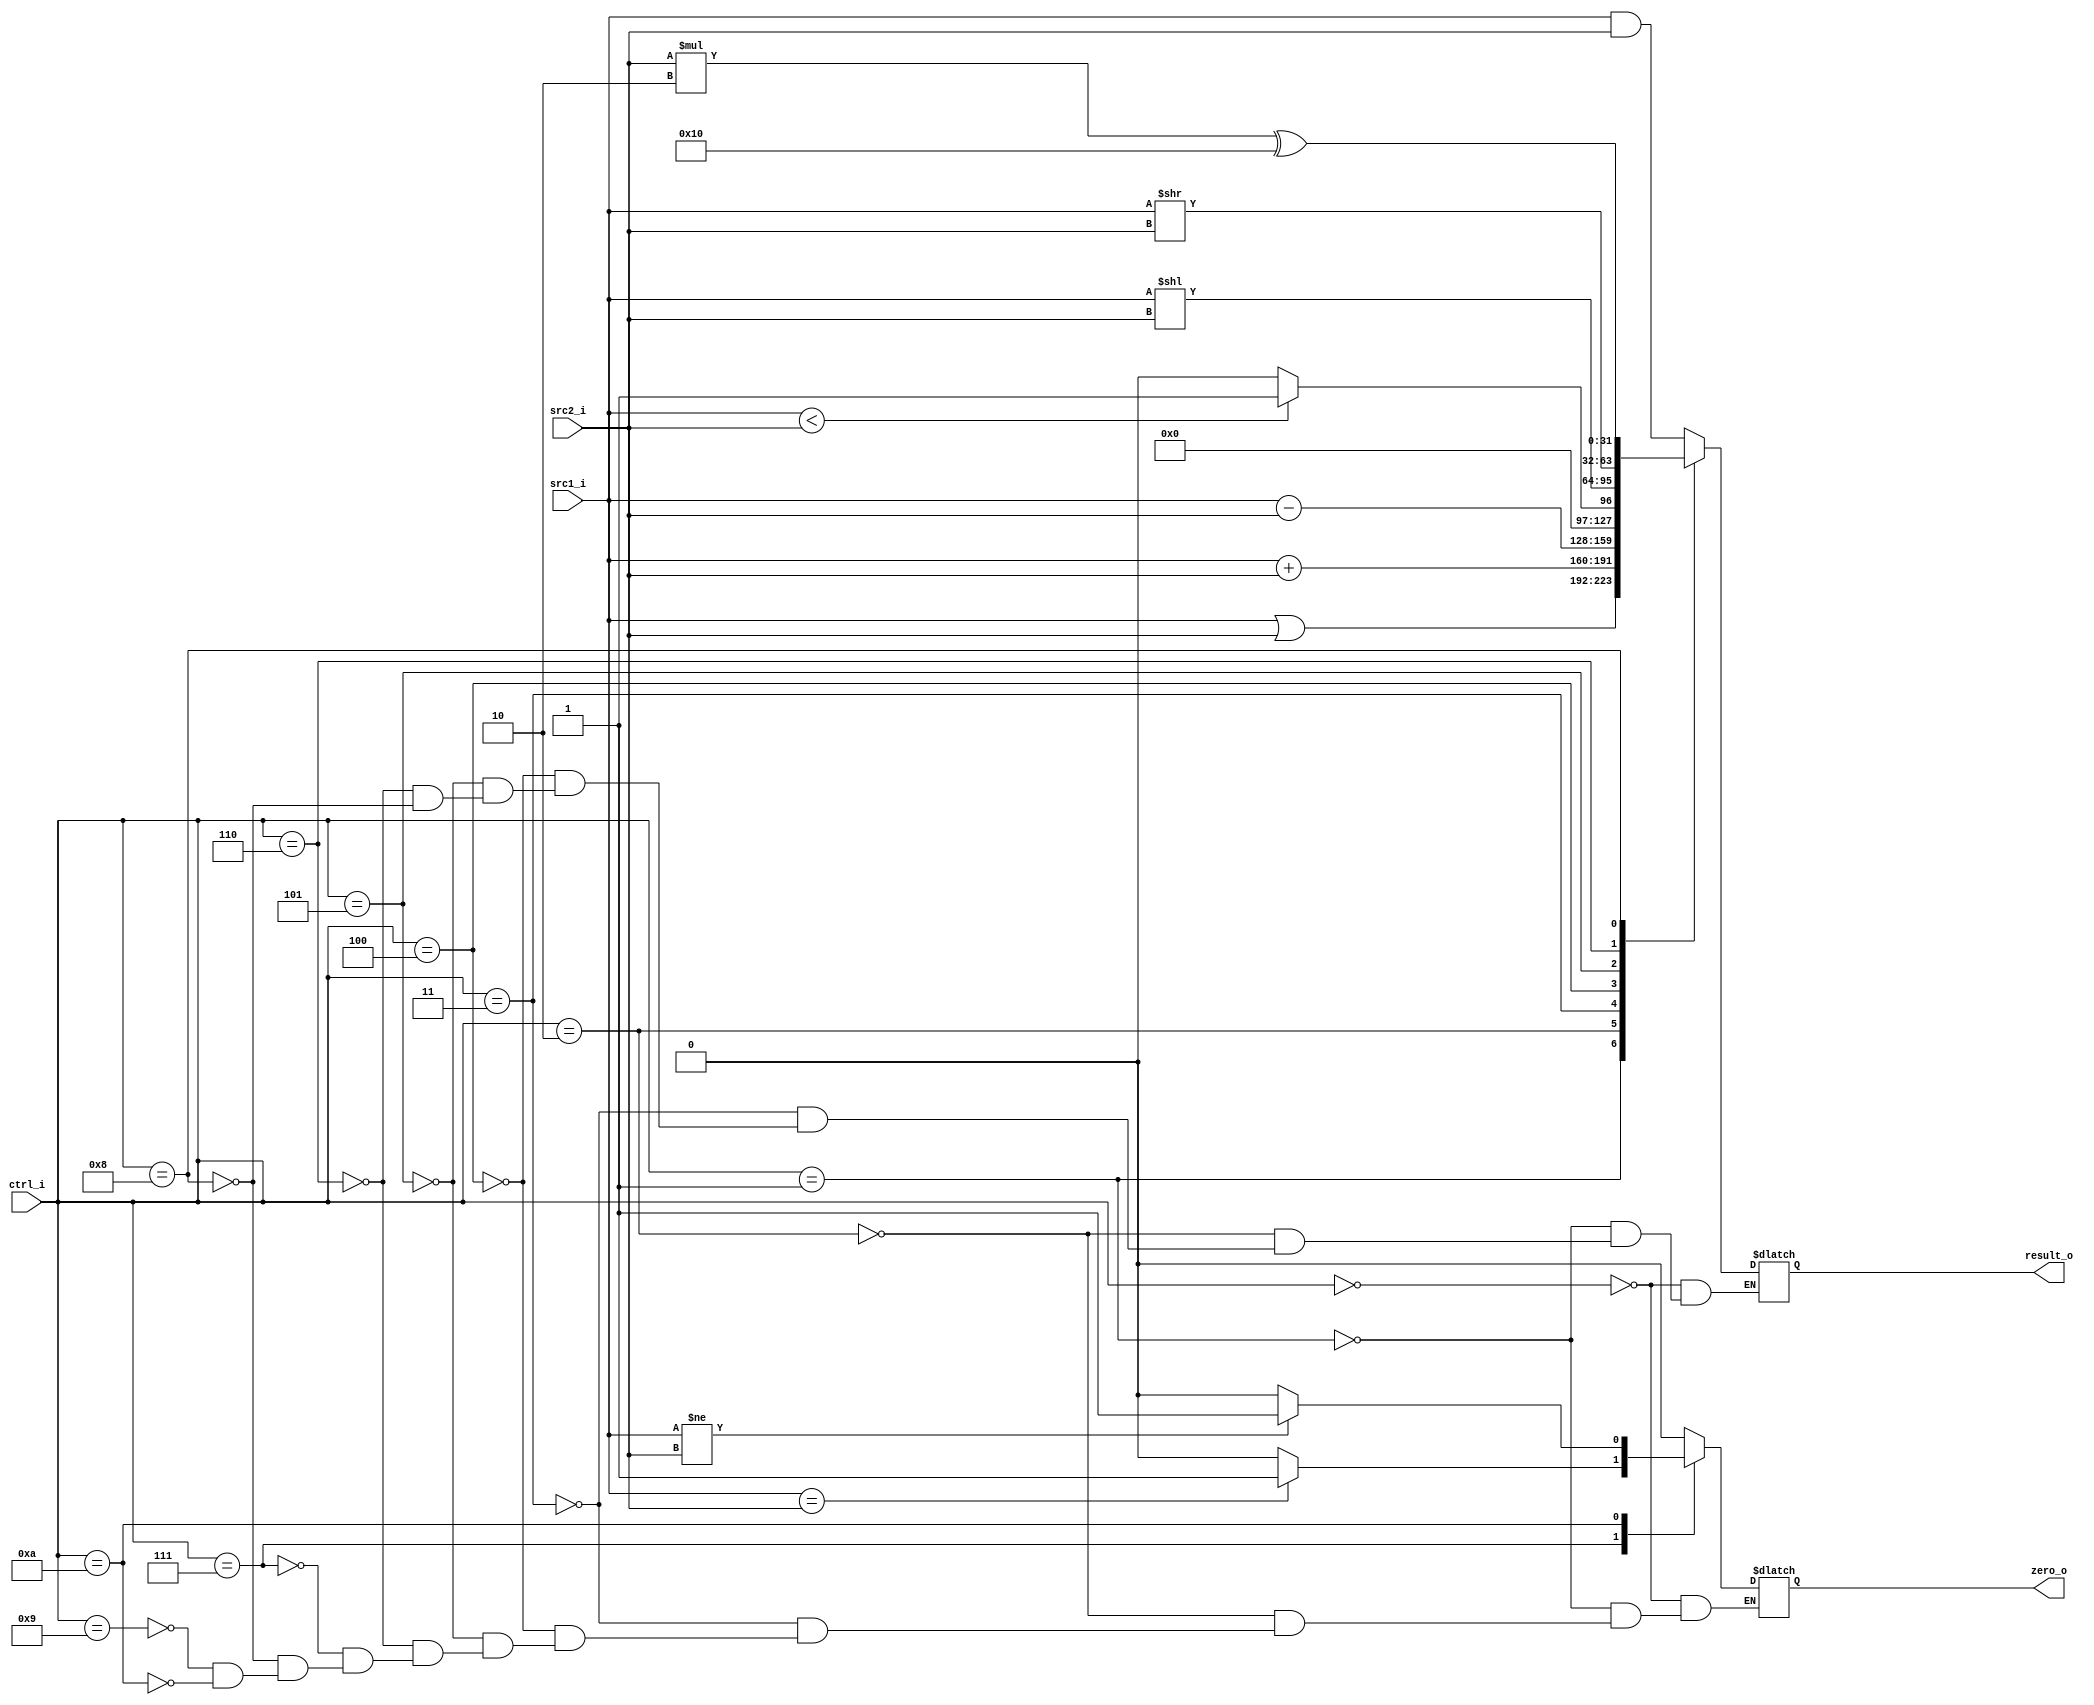
//Subject:     CO project 2 - ALU
//--------------------------------------------------------------------------------
//Version:     1
//--------------------------------------------------------------------------------
//Writer:      
//----------------------------------------------
//Date:        
//----------------------------------------------
//Description: 
//--------------------------------------------------------------------------------

module ALU(
    src1_i,
	src2_i,
	ctrl_i,
	result_o,
	zero_o
	);
     
//I/O ports
input  [32-1:0]  src1_i;
input  [32-1:0]	 src2_i;
input  [4-1:0]   ctrl_i;

output [32-1:0]	 result_o;
output           zero_o;

//Internal signals
reg    [32-1:0]  result_o;
reg             zero_o;

//Parameter

//Main function
always@(*)begin

	case(ctrl_i)
		4'b0000:begin			//and
		 result_o = src1_i & src2_i;
		 zero_o=0;
		end

		4'b0001:begin			//or
		 result_o = src1_i | src2_i;
		 zero_o=0;
		end

		4'b0010:begin			//add
		 result_o = src1_i + src2_i;
		 zero_o=0;
		end

		4'b0011:begin			//sub
		 result_o = src1_i - src2_i;
		 zero_o=0;
		end

		4'b0100:begin			//slt, slti
		 if(src1_i<src2_i) result_o=1;
		 else result_o=0;
		 zero_o=0;
		end

		4'b0101:begin			//sll,
		 result_o = src1_i<<src2_i;
		 zero_o=0;     
		end
		
		4'b0110:begin			//srlv
		 result_o = src1_i>>src2_i;
		 zero_o=0;
		end

		4'b0111:begin			//BEQ
		 if(src1_i==src2_i) zero_o<=1;
		 else zero_o<=0;
		end

		4'b1000:begin			//LUI
		 result_o=src2_i*2^16;
		 zero_o=0;
		end

		4'b1001:begin			//ORI
		 zero_o=0;
		end

		4'b1010:begin			//BNE
		 if(src1_i!=src2_i) zero_o<=1;
		 else zero_o<=0;
		end
		
		
		default: ;
	endcase




end

endmodule